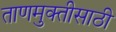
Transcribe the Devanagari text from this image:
ताणमुक्तीसाठी